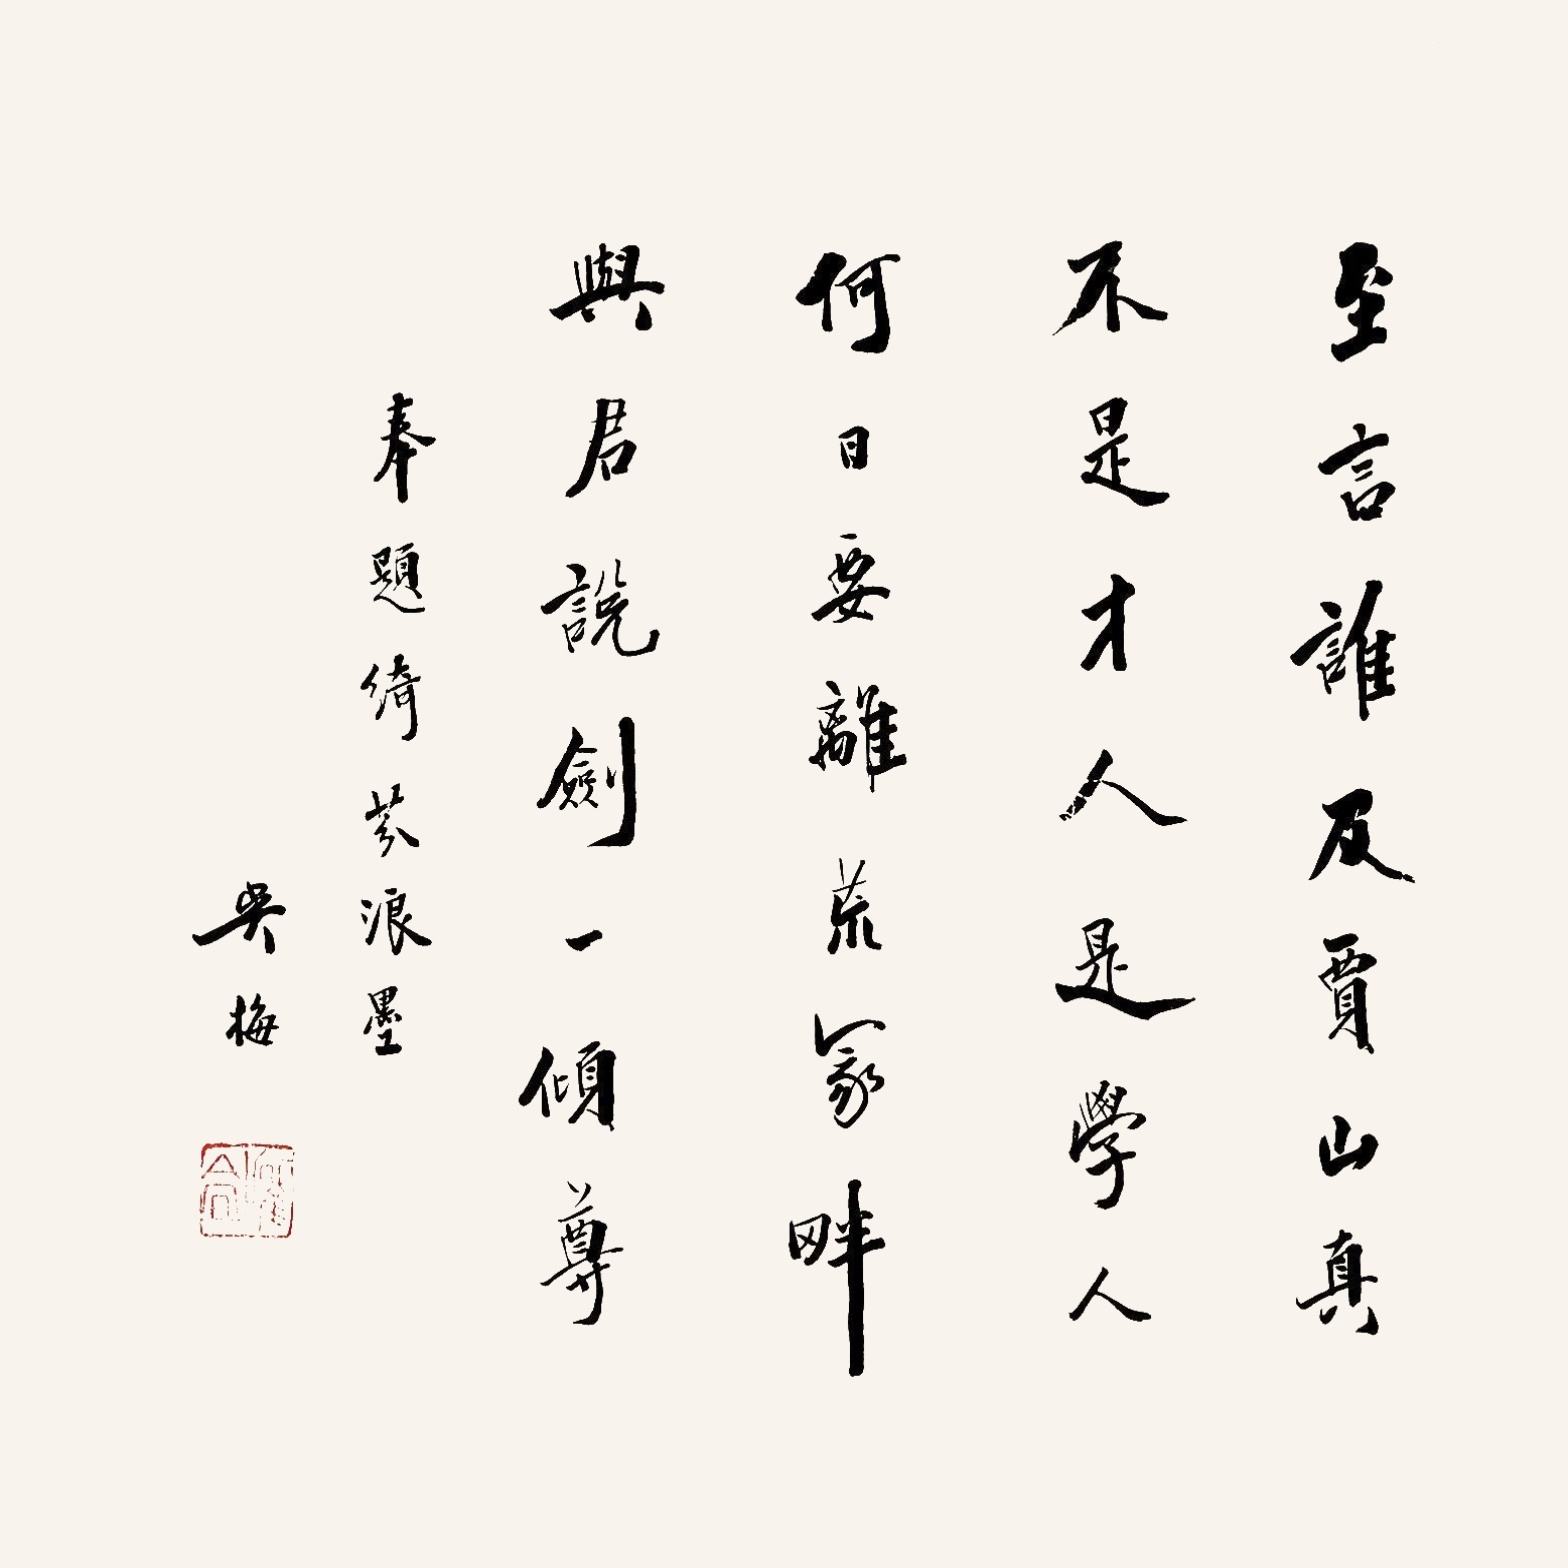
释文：至言谁及贾山真，不是才人是学人。何日要离荒冢畔，与君说剑一倾尊。奉题绮芬浪墨，吴梅。